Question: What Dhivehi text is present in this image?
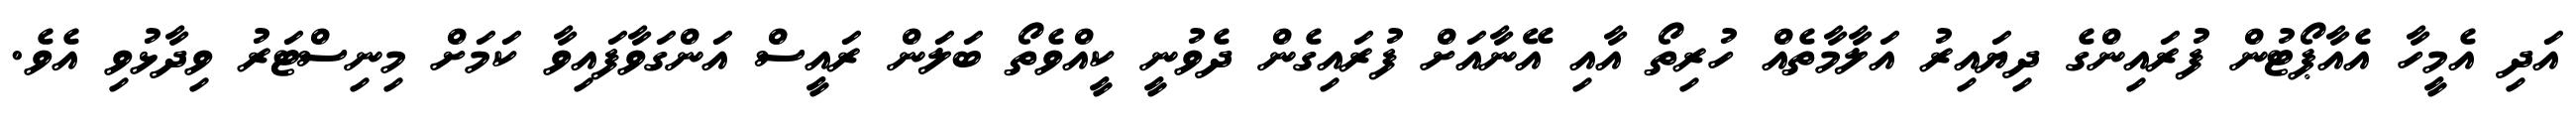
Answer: އަދި އެމީހާ އެއާޕޯޓުން ފުރައިންގެ ދިޔައިރު އަލާމާތެއް ހުރިތޯ އާއި އޭނާއަށް ފުރައިގެން ދެވުނީ ކީއްވެތޯ ބަލަން ރައީސް އަންގަވާފައިވާ ކަމަށް މިނިސްޓަރު ވިދާޅުވި އެވެ.